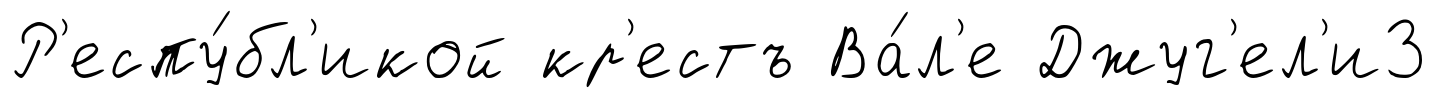
Р'еспу́бл'икой кр'естъ Ва́л'е Джуг'ел'и3